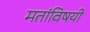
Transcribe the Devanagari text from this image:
मतांविषयी